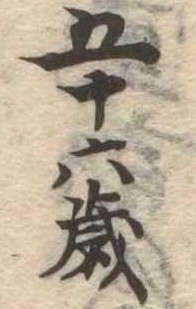
五十六歳